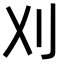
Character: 刈